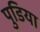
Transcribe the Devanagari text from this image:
पुडिया